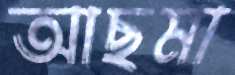
আছমা